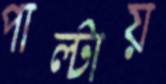
পাল্টায়